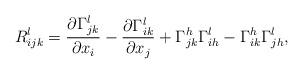
LaTeX: \begin{align*} R^{l}_{ijk} = \frac{\partial \Gamma^{l}_{jk}}{\partial x_i} - \frac{\partial \Gamma^{l}_{ik}}{\partial x_j} + \Gamma^{h}_{jk} \Gamma^{l}_{ih} - \Gamma^{h}_{ik} \Gamma^{l}_{jh},\end{align*}